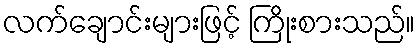
လက်ချောင်းများဖြင့် ကြိုးစားသည်။